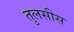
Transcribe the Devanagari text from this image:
तुलसीस